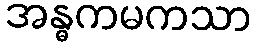
အန္ဓကမကသာ